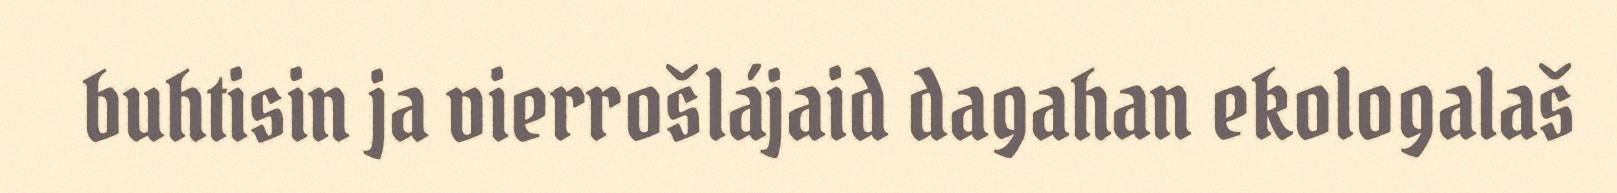
buhtisin ja vierrošlájaid dagahan ekologalaš